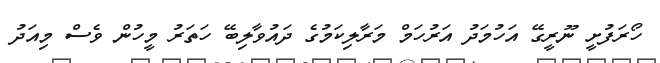
ހޯރަފުށީ ނޫރީގޭ އަހުމަދު އަރުހަމް މަރާލިކަމުގެ ދައުވާލިބޭ ހަތަރު މީހުން ވެސް މިއަދު